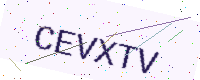
Text: CEVXTV